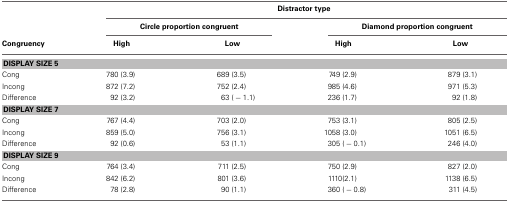
<table><thead><tr><td colspan="5"><b>Distractor type</b></td></tr><tr><td></td><td colspan="2"><b>Circle proportion congruent</b></td><td colspan="2"><b>Diamond proportion congruent</b></td></tr><tr><td><b>Congruency</b></td><td><b>High</b></td><td><b>Low</b></td><td><b>High</b></td><td><b>Low</b></td></tr></thead><tbody><tr><td colspan="5"><b>DISPLAY SIZE 5</b></td></tr><tr><td>Cong</td><td>780 (3.9)</td><td>689 (3.5)</td><td>749 (2.9)</td><td>879 (3.1)</td></tr><tr><td>Incong</td><td>872 (7.2)</td><td>752 (2.4)</td><td>985 (4.6)</td><td>971 (5.3)</td></tr><tr><td>Difference</td><td>92 (3.2)</td><td>63 (−1.1)</td><td>236 (1.7)</td><td>92 (1.8)</td></tr><tr><td colspan="5"><b>DISPLAY SIZE 7</b></td></tr><tr><td>Cong</td><td>767 (4.4)</td><td>703 (2.0)</td><td>753 (3.1)</td><td>805 (2.5)</td></tr><tr><td>Incong</td><td>859 (5.0)</td><td>756 (3.1)</td><td>1058 (3.0)</td><td>1051 (6.5)</td></tr><tr><td>Difference</td><td>92 (0.6)</td><td>53 (1.1)</td><td>305 (−0.1)</td><td>246 (4.0)</td></tr><tr><td colspan="5"><b>DISPLAY SIZE 9</b></td></tr><tr><td>Cong</td><td>764 (3.4)</td><td>711 (2.5)</td><td>750 (2.9)</td><td>827 (2.0)</td></tr><tr><td>Incong</td><td>842 (6.2)</td><td>801 (3.6)</td><td>1110 (2.1)</td><td>1138 (6.5)</td></tr><tr><td>Difference</td><td>78 (2.8)</td><td>90 (1.1)</td><td>360 (−0.8)</td><td>311 (4.5)</td></tr></tbody></table>